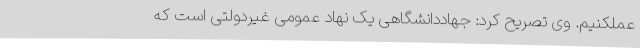
عملکنیم. وی تصریح کرد: جهاددانشگاهی یک نهاد عمومی غیردولتی است که